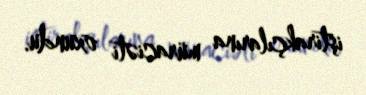
iştirakçılarına müraciəti oxundu.